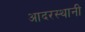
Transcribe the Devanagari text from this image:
आदरस्थानी